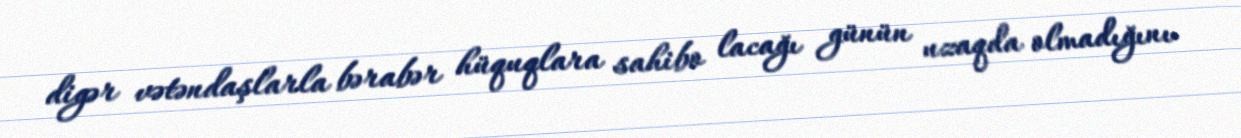
digər vətəndaşlarla bərabər hüquqlara sahibo lacağı günün uzaqda olmadığını